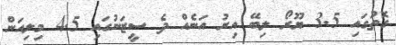
ގޮތުގައި 3.5 ޔޫރޯ ލިބޭ އިރު އަނެއް ދެ ސީޒަނުގައި 4.5 މިލިއަން